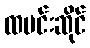
ထမင်းဆိုင်